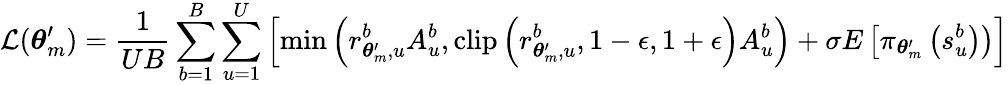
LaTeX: \mathcal{L}(\boldsymbol{\theta}_{m}^{\prime})=\frac{1}{UB}\sum_{b=1}^{B}\sum_{u=1}^{U}\left[\operatorname*{min}\left(r_{\boldsymbol{\theta}_{m}^{\prime},u}^{b}A_{u}^{b},\operatorname{clip}\left(r_{\boldsymbol{\theta}_{m}^{\prime},u}^{b},1-\epsilon,1+\epsilon\right)A_{u}^{b}\right)+\sigma E\left[\pi_{\boldsymbol{\theta}_{m}^{\prime}}\left(s_{u}^{b}\right)\right)\right]